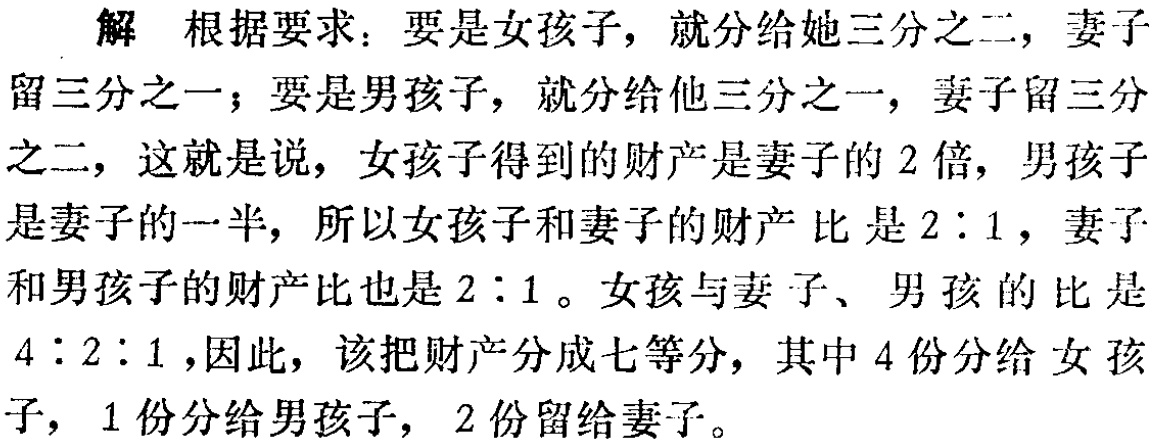
解 根据要求：要是女孩子，就分给她三分之二，妻子留三分之一；要是男孩子，就分给他三分之一，妻子留三分之二，这就是说，女孩子得到的财产是妻子的 2 倍，男孩子是妻子的一半，所以女孩子和妻子的财产比是$2:1$，妻子和男孩子的财产比也是$2:1$。女孩与妻子、男孩的比是$4:2:1$，因此，该把财产分成七等分，其中 4 份分给女孩子，1 份分给男孩子，2 份留给妻子。